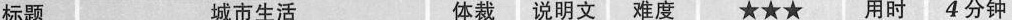
标题 城市生活 体裁 说明文 难度 ★★★ 用时 4 分钟